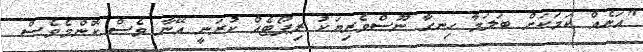
"އަނެއް ކަމަކަށް ބަލަމާ ހިނގާ ނޫސްވެރިޔަކު ރިޕޯޓެއް ކުރަނީ އޭނާ ވެސް ކޮންމެވެސް